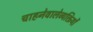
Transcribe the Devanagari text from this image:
चाहनेवालेव्यक्तियों